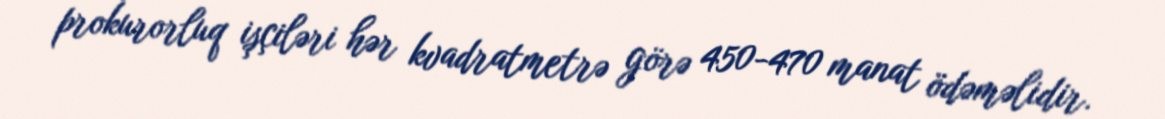
prokurorluq işçiləri hər kvadratmetrə görə 450-470 manat ödəməlidir.